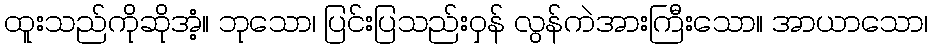
ထူးသည်ကိုဆိုအံ့။ ဘုသော၊ ပြင်းပြသည်းဝှန် လွန်ကဲအားကြီးသော။ အာယာသော၊